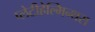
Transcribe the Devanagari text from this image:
प्लेटीहेल्मिन्थस